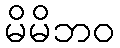
မိမိဘဝ